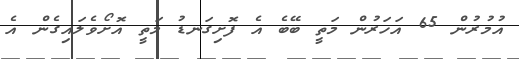
އުމުރުން 65 އަހަރުން މަތީ ބޭބެ އެ ފޮށިގަނޑު މަތީ އޮށޯވެލައިގެން އެ